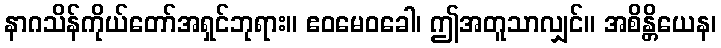
နာဂသိန်ကိုယ်တော်အရှင်ဘုရား။ ဧဝမေဝခေါ၊ ဤအတူသာလျှင်။ အစိန္တိယေန၊